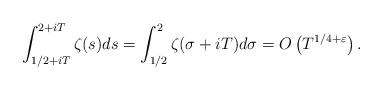
LaTeX: \begin{align*} \int_{{1}/{2}+iT}^{2+iT}\zeta(s) ds = \int_{{1}/{2}}^{2}\zeta(\sigma + iT) d\sigma = O \left( T^{1/4 +\varepsilon} \right). \end{align*}